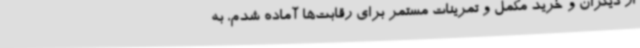
از دیگران و خرید مکمل و تمرینات مستمر برای رقابت‌ها آماده شدم، به